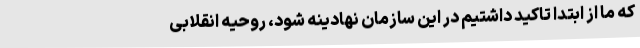
که ما از ابتدا تاکید داشتیم در این سازمان نهادینه شود، روحیه انقلابی